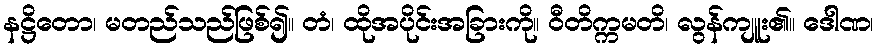
နဋ္ဌိတော၊ မတည်သည်ဖြစ်၍။ တံ၊ ထိုအပိုင်းအခြားကို။ ဝီတိက္ကမတိ၊ လွန်ကျူး၏။ ဒေါဏ၊